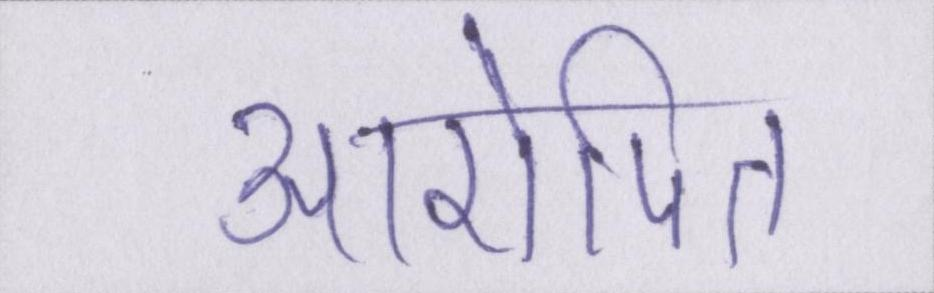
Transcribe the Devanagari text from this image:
आरोपित